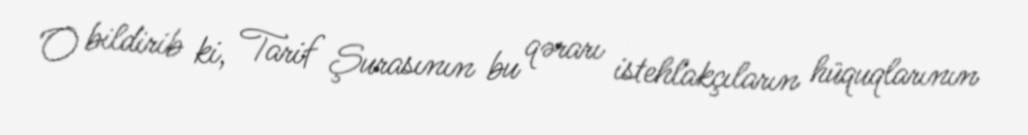
O bildirib ki, Tarif Şurasının bu qərarı istehlakçıların hüquqlarının